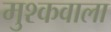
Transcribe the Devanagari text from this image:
मुश्कवाला